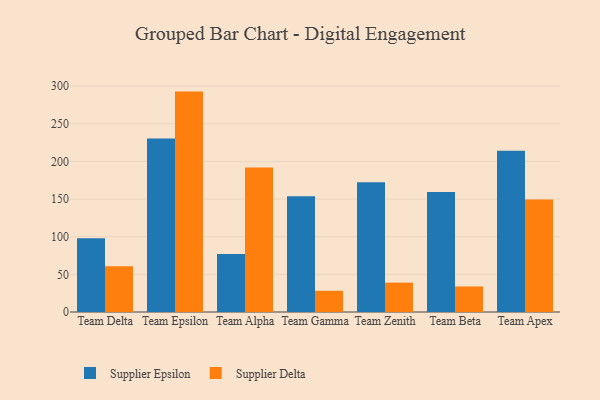
{"axis": {"x": "Team", "y": "Revenue (USD Million)"}, "legend": ["Supplier Delta", "Supplier Epsilon"], "data": [{"x": "Team Delta", "y": 98.0, "type": "Supplier Epsilon"}, {"x": "Team Delta", "y": 60.9, "type": "Supplier Delta"}, {"x": "Team Epsilon", "y": 230.3, "type": "Supplier Epsilon"}, {"x": "Team Epsilon", "y": 292.7, "type": "Supplier Delta"}, {"x": "Team Alpha", "y": 77.1, "type": "Supplier Epsilon"}, {"x": "Team Alpha", "y": 191.9, "type": "Supplier Delta"}, {"x": "Team Gamma", "y": 153.6, "type": "Supplier Epsilon"}, {"x": "Team Gamma", "y": 28.2, "type": "Supplier Delta"}, {"x": "Team Zenith", "y": 172.2, "type": "Supplier Epsilon"}, {"x": "Team Zenith", "y": 39.0, "type": "Supplier Delta"}, {"x": "Team Beta", "y": 159.2, "type": "Supplier Epsilon"}, {"x": "Team Beta", "y": 33.9, "type": "Supplier Delta"}, {"x": "Team Apex", "y": 214.0, "type": "Supplier Epsilon"}, {"x": "Team Apex", "y": 149.5, "type": "Supplier Delta"}]}